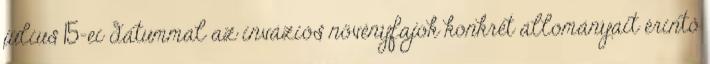
július 15-ei dátummal az inváziós növényfajok konkrét állományait érintő